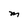
Character: M